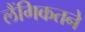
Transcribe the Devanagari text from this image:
लैंगिकतने